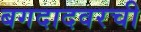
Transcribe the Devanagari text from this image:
बगदादवरची